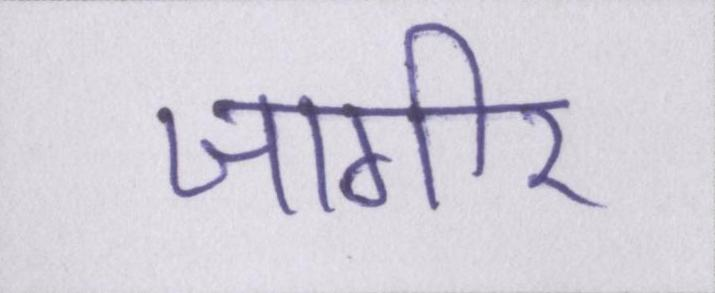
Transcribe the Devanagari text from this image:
जागीर